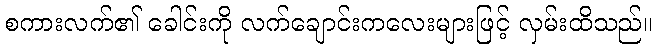
စကားလက်၏ ခေါင်းကို လက်ချောင်းကလေးများဖြင့် လှမ်းထိသည်။